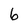
Character: 6